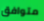
متوافق